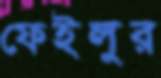
ফেইলুর